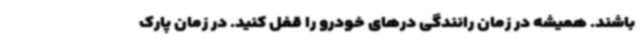
باشند. همیشه در زمان رانندگی درهای خودرو را قفل کنید. در زمان پارک